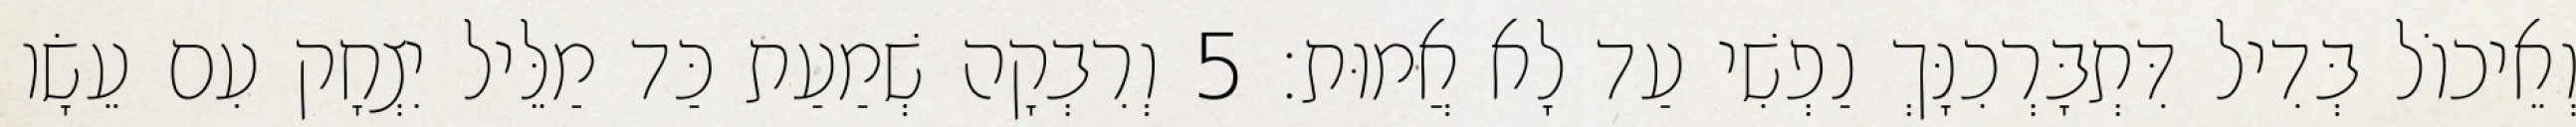
וְאֵיכוֹל בְּדִיל דִּתְבָּרְכִנָּךְ נַפְשִׁי עַד לָא אֲמוּת׃ 5 וְרִבְקָה שְׁמַעַת כַּד מַלֵּיל יִצְחָק עִם עֵשָׂו